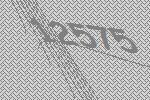
12575